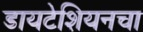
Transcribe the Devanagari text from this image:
डायटेशियनचा